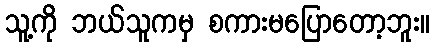
သူ့ကို ဘယ်သူကမှ စကားမပြောတော့ဘူး။